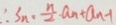
\therefore S _ { n } \cdot \frac { n } { 2 } \cdot a _ { n } + a _ { n - 1 }